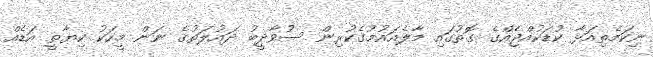
ނިކަމެތިއަޅާ ކުޑަކުއްޖެއްގެ ގޮތުގައި މާލެއައުމުގެކުރިން ސުވާދީބު ދައުލަތުގެ ނަން މީހަކު ކިޔާތީ އަޑެއް